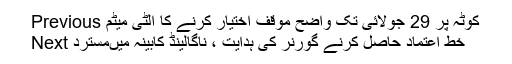
Previous کوٹہ پر 29 جولائی تک واضح موقف اختیار کرنے کا الٹی میٹم
Next خط اعتماد حاصل کرنے گورنر کی ہدایت ، ناگالینڈ کابینہ میںمسترد